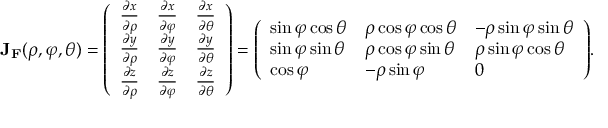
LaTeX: \mathbf { J } _ { \mathbf { F } } ( \rho , \varphi , \theta ) = { \left( \begin{array} { l l l } { { \frac { \partial x } { \partial \rho } } } & { { \frac { \partial x } { \partial \varphi } } } & { { \frac { \partial x } { \partial \theta } } } \\ { { \frac { \partial y } { \partial \rho } } } & { { \frac { \partial y } { \partial \varphi } } } & { { \frac { \partial y } { \partial \theta } } } \\ { { \frac { \partial z } { \partial \rho } } } & { { \frac { \partial z } { \partial \varphi } } } & { { \frac { \partial z } { \partial \theta } } } \end{array} \right) } = { \left( \begin{array} { l l l } { \sin \varphi \cos \theta } & { \rho \cos \varphi \cos \theta } & { - \rho \sin \varphi \sin \theta } \\ { \sin \varphi \sin \theta } & { \rho \cos \varphi \sin \theta } & { \rho \sin \varphi \cos \theta } \\ { \cos \varphi } & { - \rho \sin \varphi } & { 0 } \end{array} \right) } .